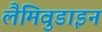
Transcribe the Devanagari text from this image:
लैमिवुडाइन